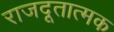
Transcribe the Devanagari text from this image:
राजदूतात्मक